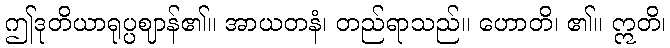
ဤဒုတိယာရုပ္ပဈာန်၏။ အာယတနံ၊ တည်ရာသည်။ ဟောတိ၊ ၏။ ဣတိ၊